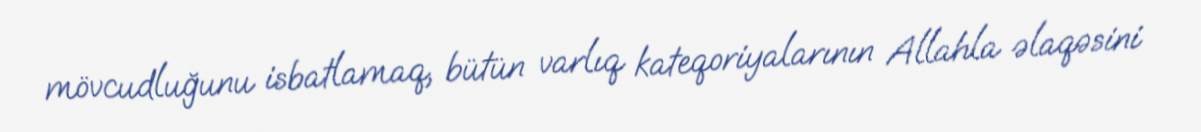
mövcudluğunu isbatlamaq, bütün varlıq kateqoriyalarının Allahla əlaqəsini